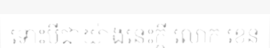
ទោះបីជាយ៉ាងនេះក្តី លោក ខេន